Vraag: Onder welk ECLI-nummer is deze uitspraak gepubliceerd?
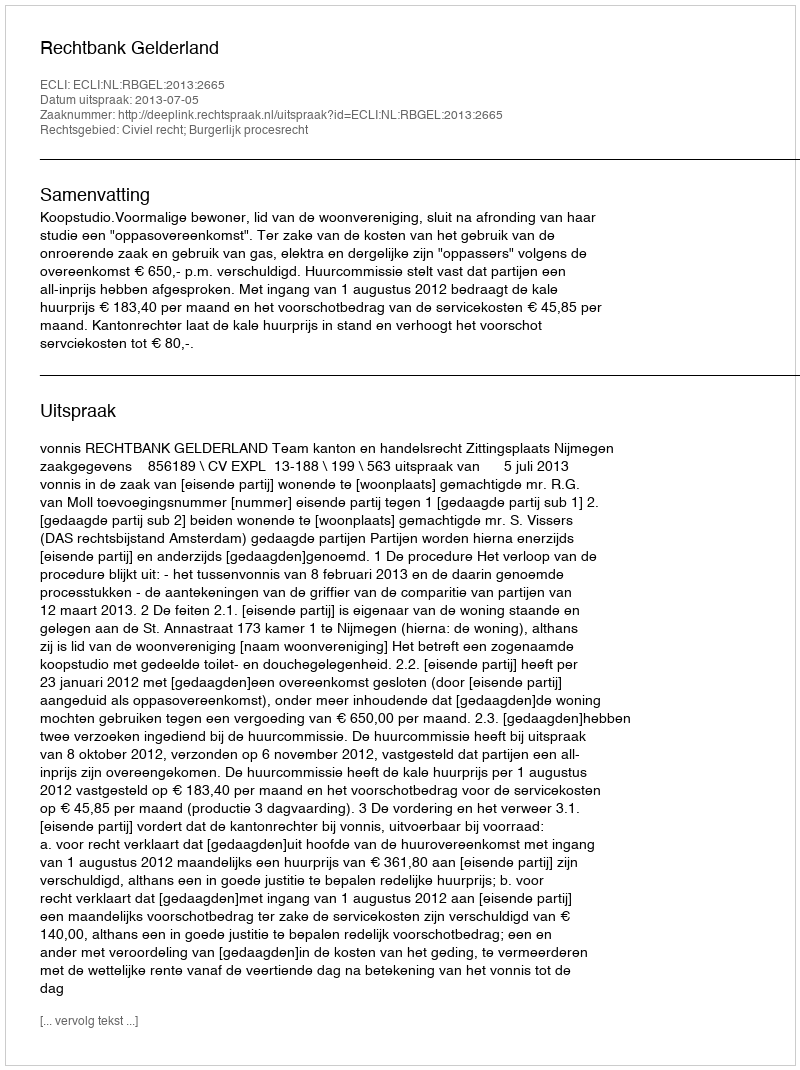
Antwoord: ECLI:NL:RBGEL:2013:2665